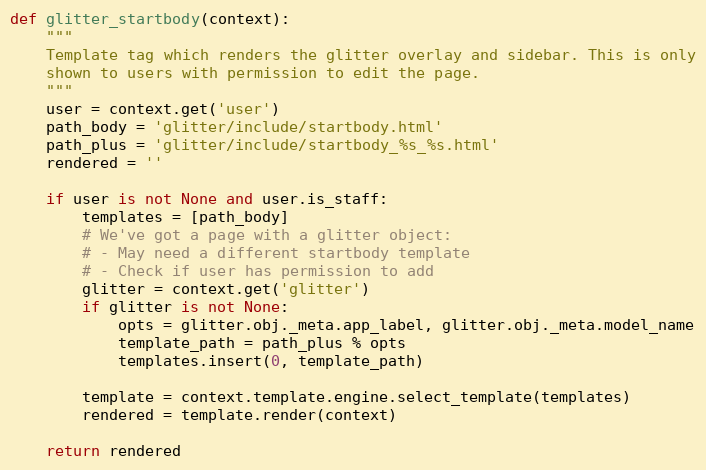
Language: Python
def glitter_startbody(context):
    """
    Template tag which renders the glitter overlay and sidebar. This is only
    shown to users with permission to edit the page.
    """
    user = context.get('user')
    path_body = 'glitter/include/startbody.html'
    path_plus = 'glitter/include/startbody_%s_%s.html'
    rendered = ''

    if user is not None and user.is_staff:
        templates = [path_body]
        # We've got a page with a glitter object:
        # - May need a different startbody template
        # - Check if user has permission to add
        glitter = context.get('glitter')
        if glitter is not None:
            opts = glitter.obj._meta.app_label, glitter.obj._meta.model_name
            template_path = path_plus % opts
            templates.insert(0, template_path)

        template = context.template.engine.select_template(templates)
        rendered = template.render(context)

    return rendered